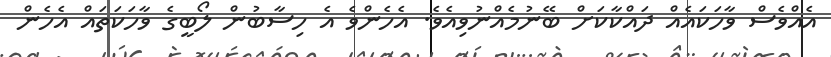
އެއްވެސް ވާހަކައެއް ދައްކާކަށް ބޭނުމެއްނުވިއެވެ. އެހެންވެ އެ ހިސާބުން ލޯބީގެ ވާހަކަތައް އެހެން